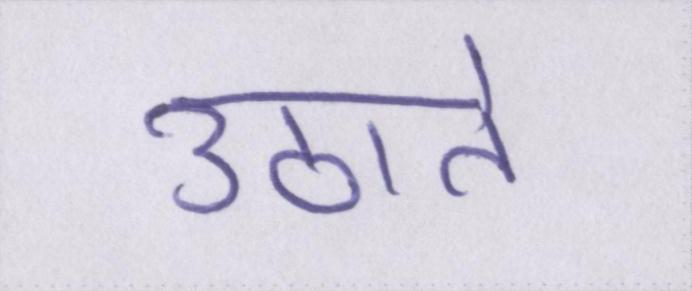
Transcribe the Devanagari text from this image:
उठाते